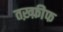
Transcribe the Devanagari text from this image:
तख़्फ़ीफ